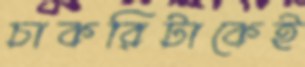
চাকরিটাকেই